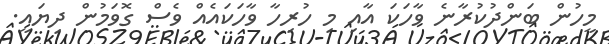
މީހުން ބަންދުކުރާނެ ވާހަކަ އާއި މި ހުރިހާ ވާހަކައެއް ވެސް ގޮވަމުން ދިޔައީ.